Civil Veterinary Department Bengal reports 1923-33 - 1923-1933
Year: 1923
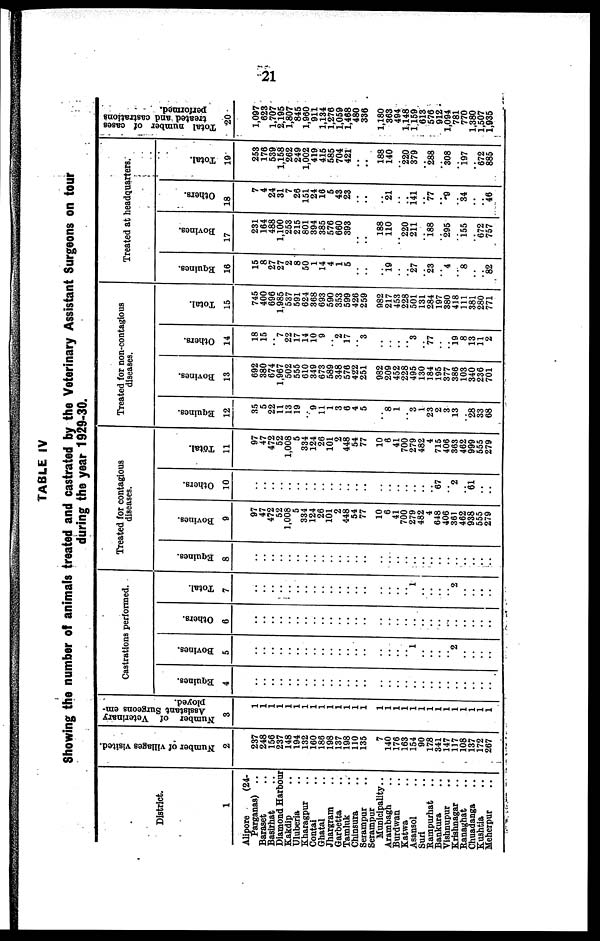
21
TABLE IV
Showing the number of animals treated and castrated by the Veterinary Assistant 8urgaons on tour
during the year 1929-30.
District.
1
Alipore
(24-
Parganas) ..
Baraset ..
Basirhat ..
Diamond Harbour
Kakdip ..
Uluberia ..
Kharagpur ..
Contal ..
Ghatal ..
Jhargram ..
Garbetta ..
Tamluk ..
Chinsura ..
Serampur ..
Serampur
Municipality ..
Arambagh ..
Burdwan ..
Katwa ..
Asansol ..
Surt ..
Rampurhat ..
Bankura ..
Vishnupur ..
Krishnagar ..
Ranaghat ..
Chuadanga ..
Kushtia ..
Meherpur ..
Number of villages visited
2
237
248
156
237
148
104
132
160
186
108
137
108
110
135
7
140
170
103
154
90
178
341
147
117
108
137
172
207
Number of
Veterinary
Assistant Surgeons em-
ployed.
3
1
1
1
1
1
1
1
1
1
1
1
1
1
1
1
1
1
1
1
1
1
1
1
1
1
1
1
1
1
Castrations performed.
Equines.
4
..
..
..
..
..
..
..
..
..
..
..
..
..
..
..
..
..
..
..
..
..
..
..
..
..
..
..
..
..
Bovine*.
5
..
..
..
..
..
..
..
..
..
..
..
..
..
..
..
..
..
..
.. 1
..
..
..
.. 2
..
..
..
..
Others.
6
..
..
..
..
..
..
..
..
..
..
..
..
..
..
..
..
..
..
..
..
..
..
..
..
..
..
..
..
..
Total.
7
..
..
..
..
..
..
..
..
..
..
..
..
..
..
..
..
..
..
.. 1
..
..
..
.. 2
..
..
..
..
Treated for contagious
diseases.
Equines.
8
..
..
..
..
..
..
..
..
..
..
..
..
..
..
..
..
..
..
..
..
..
..
..
..
..
..
..
..
..
Bovine*.
9
97
47
472
52
1,008
5
334
124
26
101
2
448
54
77
.. 10
6
41
700
270
482
4
648
406
361
462
038
555
279
Other*.
10
..
..
..
..
..
..
..
..
..
..
..
..
..
..
..
..
..
..
..
..
.. 67
.. 2
.. 61
..
..
Total.
11
97
47
472
52
1,008
5
334
124
26
101
2
448
54
77
.. 10
6
41
700
270
482
4
715
406
303
462
999
655
279
Treated for noncontagious
diseases.
Equines
12
35
5
22
11
13
10
.. 9
11
1
3
6
4
5
..
.. 8
1
.. 3
1
23
2
3
13
.. 28
33
08
Bovine*.
13
692
380
674
1.007
502
555
010
349
073
589
148
670
422
251
.. 982
209
452
228
495
130
184
195
377
386
103
340
236
701
Other*.
14
18
15
.. 7
22
17
14
10
9
.. 2
17
.. 3
..
..
..
..
.. 3
77
..
.. 19
8
13
11
2
Total.
15
745
400
696
1,985
537
591
624
308
693
500
353
599
420
259
.. 982
217
453
228
501
131
284
107
380
418
111
381
280
771
Treated at headquarter*.
Equines.
16
15
8
27
27
2
8
50
1
14
4
1
6
..
..
..
.. 19
..
.. 27
.. 23
.. 4
.. 8
..
.. 82
Bovines.
17
231
104
488
1,100
253
215
801
394
385
570
660
393
..
..
.. 188
110
.. 220
211
.. 188
.. 205
.. 155
.. 672
757
Others.
18
7
4
24
31
7
26
151
24
16
6
43
23
..
..
..
.. 21
..
.. 141
.. 77
.. 9
.. 34
..
.. 40
Total.
10
253
170
530
1,168
262
249
1.002
419
415
685
704
421
..
..
.. 188
140
.. 220
379
.. 288
.. 308
.. 107
.. 672
885
Total number of cases
treated and castrations
performed.
20
1,007
623
1,707
2,105
1,807
846
1,960
911
1,134
1,276
1,060
1,468
480
336
1,180
363
404
1,148
1 ,159
613
676
012
1,004
781
770
1,380
1,507
1,935